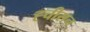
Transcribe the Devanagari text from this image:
ह्चीसन